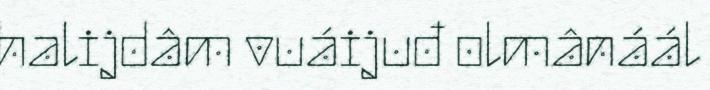
halijdâm vuáijuđ olmânáál